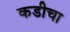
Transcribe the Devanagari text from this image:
कडीचा